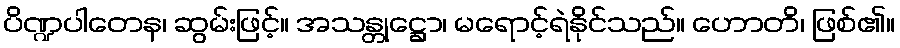
ပိဏ္ဍပါတေန၊ ဆွမ်းဖြင့်။ အသန္တုဋ္ဌော၊ မရောင့်ရဲနိုင်သည်။ ဟောတိ၊ ဖြစ်၏။